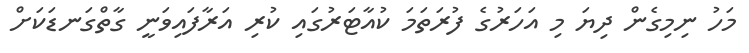
މަހު ނިމިގެން ދިޔަ މި އަހަރުގެ ފުރަތަމަ ކުއާޓަރުގައި ކުރި އަރާފައިވަނީ ގާތްގަނޑަކަށް